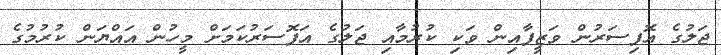
ޖަލުގެ އޮފިސަރުން ވަޒީފާއިން ވަކި ކުރުމާއި ޖަލުގެ އަފޮސަރުކަމަށް މީހުން އައްޔަން ކުރުމުގެ